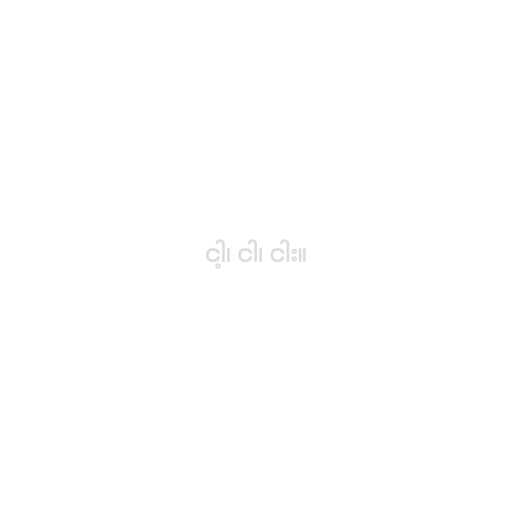
ငါ့၊ ငါ၊ ငါး။